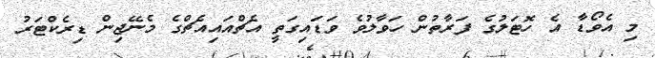
މި އެވޯޑާ އެ ހޮޓަލުގެ ފަރާތުން ހަވާލުވެ ވަޑައިގަތީ އެޗްއައިއެޗްގެ މެނޭޖިން ޑިރެކްޓަރު